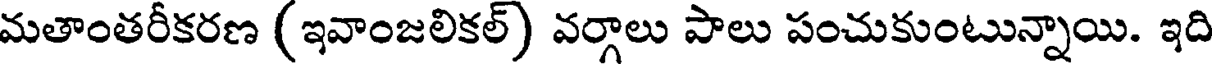
మతాంతరీకరణ (ఇవాంజలికల్) వర్గాలు పాలు పంచుకుంటున్నాయి. ఇది